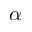
\alpha